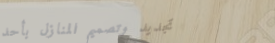
تجديد وتصميم المنازل بأحد